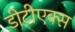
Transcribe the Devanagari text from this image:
डीटीएक्स